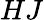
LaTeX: HJ